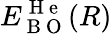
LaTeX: E_{\mathrm{~B~O~}}^{\mathrm{~H~e~}}(R)